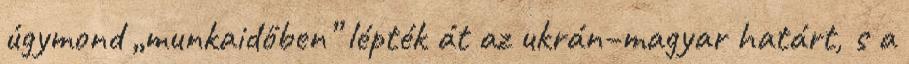
úgymond „munkaidőben” lépték át az ukrán–magyar határt, s a